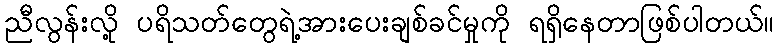
ညီလွန်းလို့ ပရိသတ်တွေရဲ့အားပေးချစ်ခင်မှုကို ရရှိနေတာဖြစ်ပါတယ်။